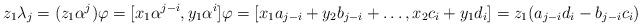
LaTeX: \begin{align*} z_1 \lambda_j = (z_1 \alpha^j) \varphi = [x_1 \alpha^{j-i}, y_1 \alpha^i] \varphi = [ x_1 a_{j-i} + y_2 b_{j-i} + \ldots, x_2 c_i + y_1 d_i] = z_1 (a_{j-i} d_i - b_{j-i} c_i) \end{align*}